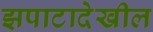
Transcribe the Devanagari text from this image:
झपाटादेखील